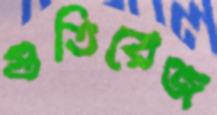
গুতিরেজ